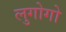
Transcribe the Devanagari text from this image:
लुगोगो